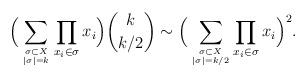
LaTeX: \begin{align*} \Big( \displaystyle\sum_{\sigma \subset X \atop |\sigma|=k}\prod_{x_i \in \sigma} x_i \Big){k \choose k/2}\sim\Big( \displaystyle\sum_{\sigma \subset X \atop |\sigma|=k/2}\prod_{x_i \in \sigma} x_i \Big)^2.\end{align*}